Newspaper: The Richmond palladium. [volume]
Place of publication: Richmond, Ind.
Publisher: D.P. Holloway & Co.
Date: 1870-12-24 00:00:00
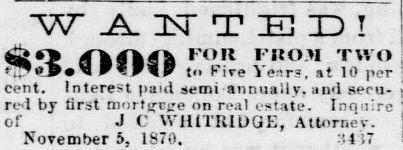
Advertisement text (OCR):
WAUTBD! $3 fTkrh4 FOU Fno.n two M WWV t Five Years, at 10 per cent. Interest paid semi annually, and secu- red by first mortgrge on real estate. Inquire of J C WH1TRIDGE, Attornev. NoTember 5, 1870. :il 57
Label: text-only